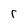
Character: r